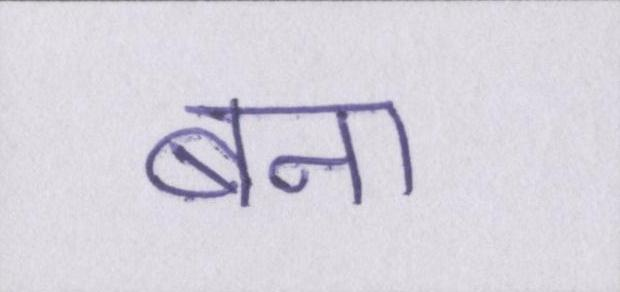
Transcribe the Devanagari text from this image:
बना।